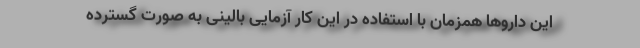
این داروها همزمان با استفاده در این کار آزمایی بالینی به صورت گسترده